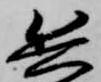
兵